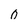
Character: o